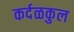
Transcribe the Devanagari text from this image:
कर्दळकुल